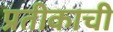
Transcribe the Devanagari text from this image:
प्रतीकाची